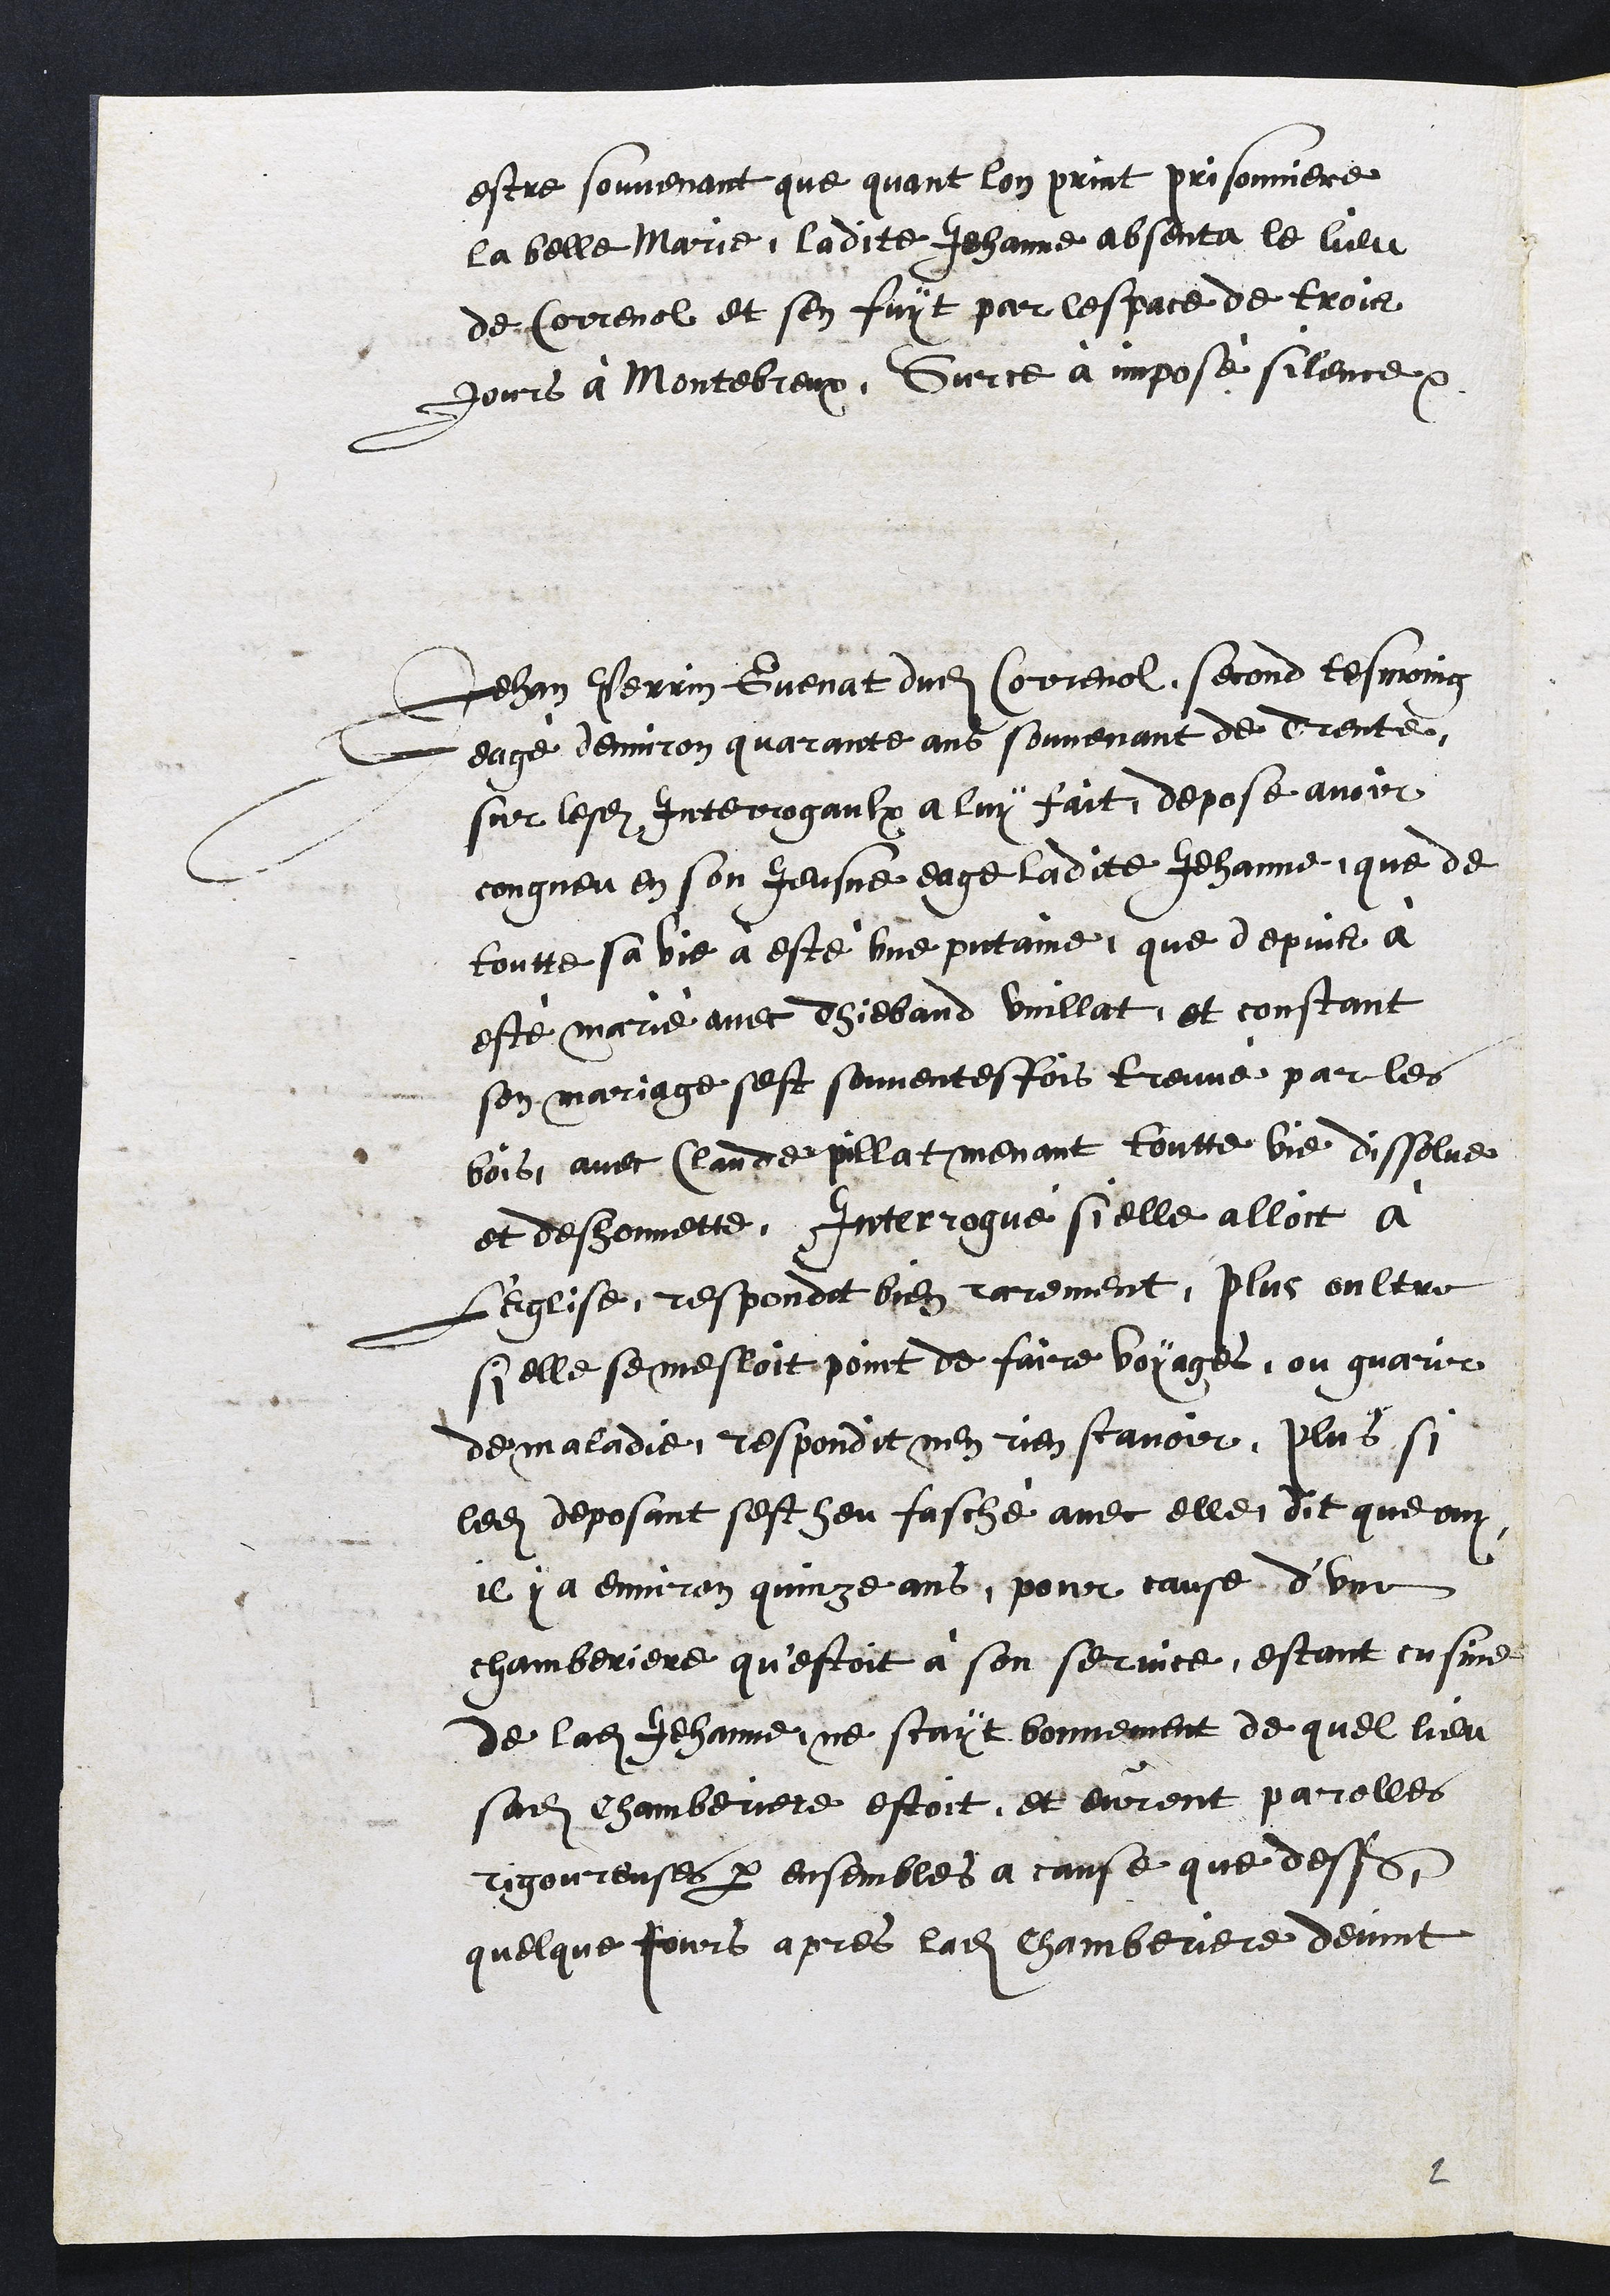
estre souvenant que quant lon print prisonniere
la belle Marie, ladite Jehanne absenta le lieu
de Correnol et sen fuyt par lespace de trois
jours a Montebreux. Sur ce à impose silence.
Jehan Perrin Guenat dudit Correnol, second tesmoing
eage denviron quarante ans souvenant de drente
sur lesdites Interrogaulx à luy fait, depose avoir
congneu en son Jeusne eage ladite Jehanne que de
toutte sa vie a este une putaine, que depuis a
este marie avec Thiebaud Vuillat, et constant
son mariage sest souventesfois treuvé par les
bois, avec Claude pillat menant toutte vie dissolve
et deshonnette. Interrogué si elle alloit a
l'Eglise, respondit bien rarement, plus oultre
si elle se mesloit point de faire voyages, ou guarir
de maladie, respondit nen rien scavoir, plus, si
ledit deposant sest heu fasche avec elle, dit que ouy
il y a environ quinze ans, pour cause d'une
chamberiere qu'estoit à son service, estant cusime
de ladite Jehanne, ne scayt bonnement de quel lieu
sadite Chamberiere estoit et eurent parolles
rigoureuses par ensembles a cause que desss
quelque jours apres ladite Chamberiere devint

2